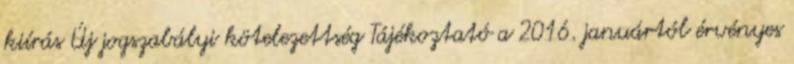
kiírás Új jogszabályi kötelezettség Tájékoztató a 2016. januártól érvényes